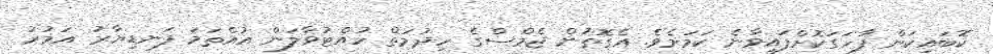
ކޮބައިކަން ފާހަގަކޮށްފައިވާނެ ކަމަށެވެ. އެގޮތުން ޖެމްސްގެ ހިދުމަތް ހުއްޓުވާލަން އުއްތަމަ ފަނޑިޔާރު އަމުރު